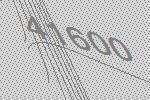
41600